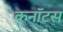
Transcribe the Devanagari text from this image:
कनॉटस